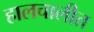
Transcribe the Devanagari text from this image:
हालचालीत